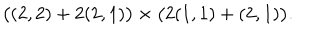
\big ( ( 2 , 2 ) + 2 ( 2 , 1 ) \big ) \times \big ( 2 ( 1 , 1 ) + ( 2 , 1 ) \big ) .